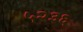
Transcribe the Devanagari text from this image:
५२३६